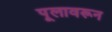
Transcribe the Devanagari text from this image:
पूलावरून